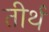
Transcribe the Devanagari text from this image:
तीर्थ